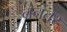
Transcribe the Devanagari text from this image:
ननतर